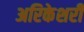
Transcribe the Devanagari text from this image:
अरिकेशरी